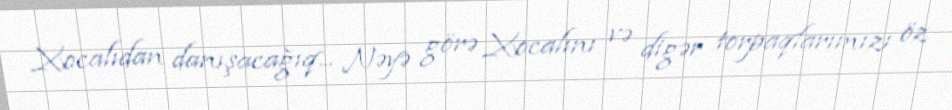
Xocalıdan danışacağıq... Nəyə görə Xocalını və digər torpaqlarımızı öz